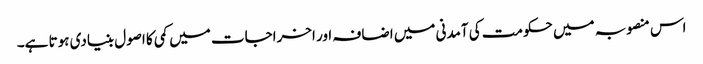
اس منصوبہ میں حکومت کی آمدنی میں اضافہ اور اخراجات میں کمی کا اصول بنیادی ہوتا ہے۔